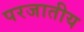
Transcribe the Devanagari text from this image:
परजातीय